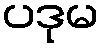
ပဒုမ